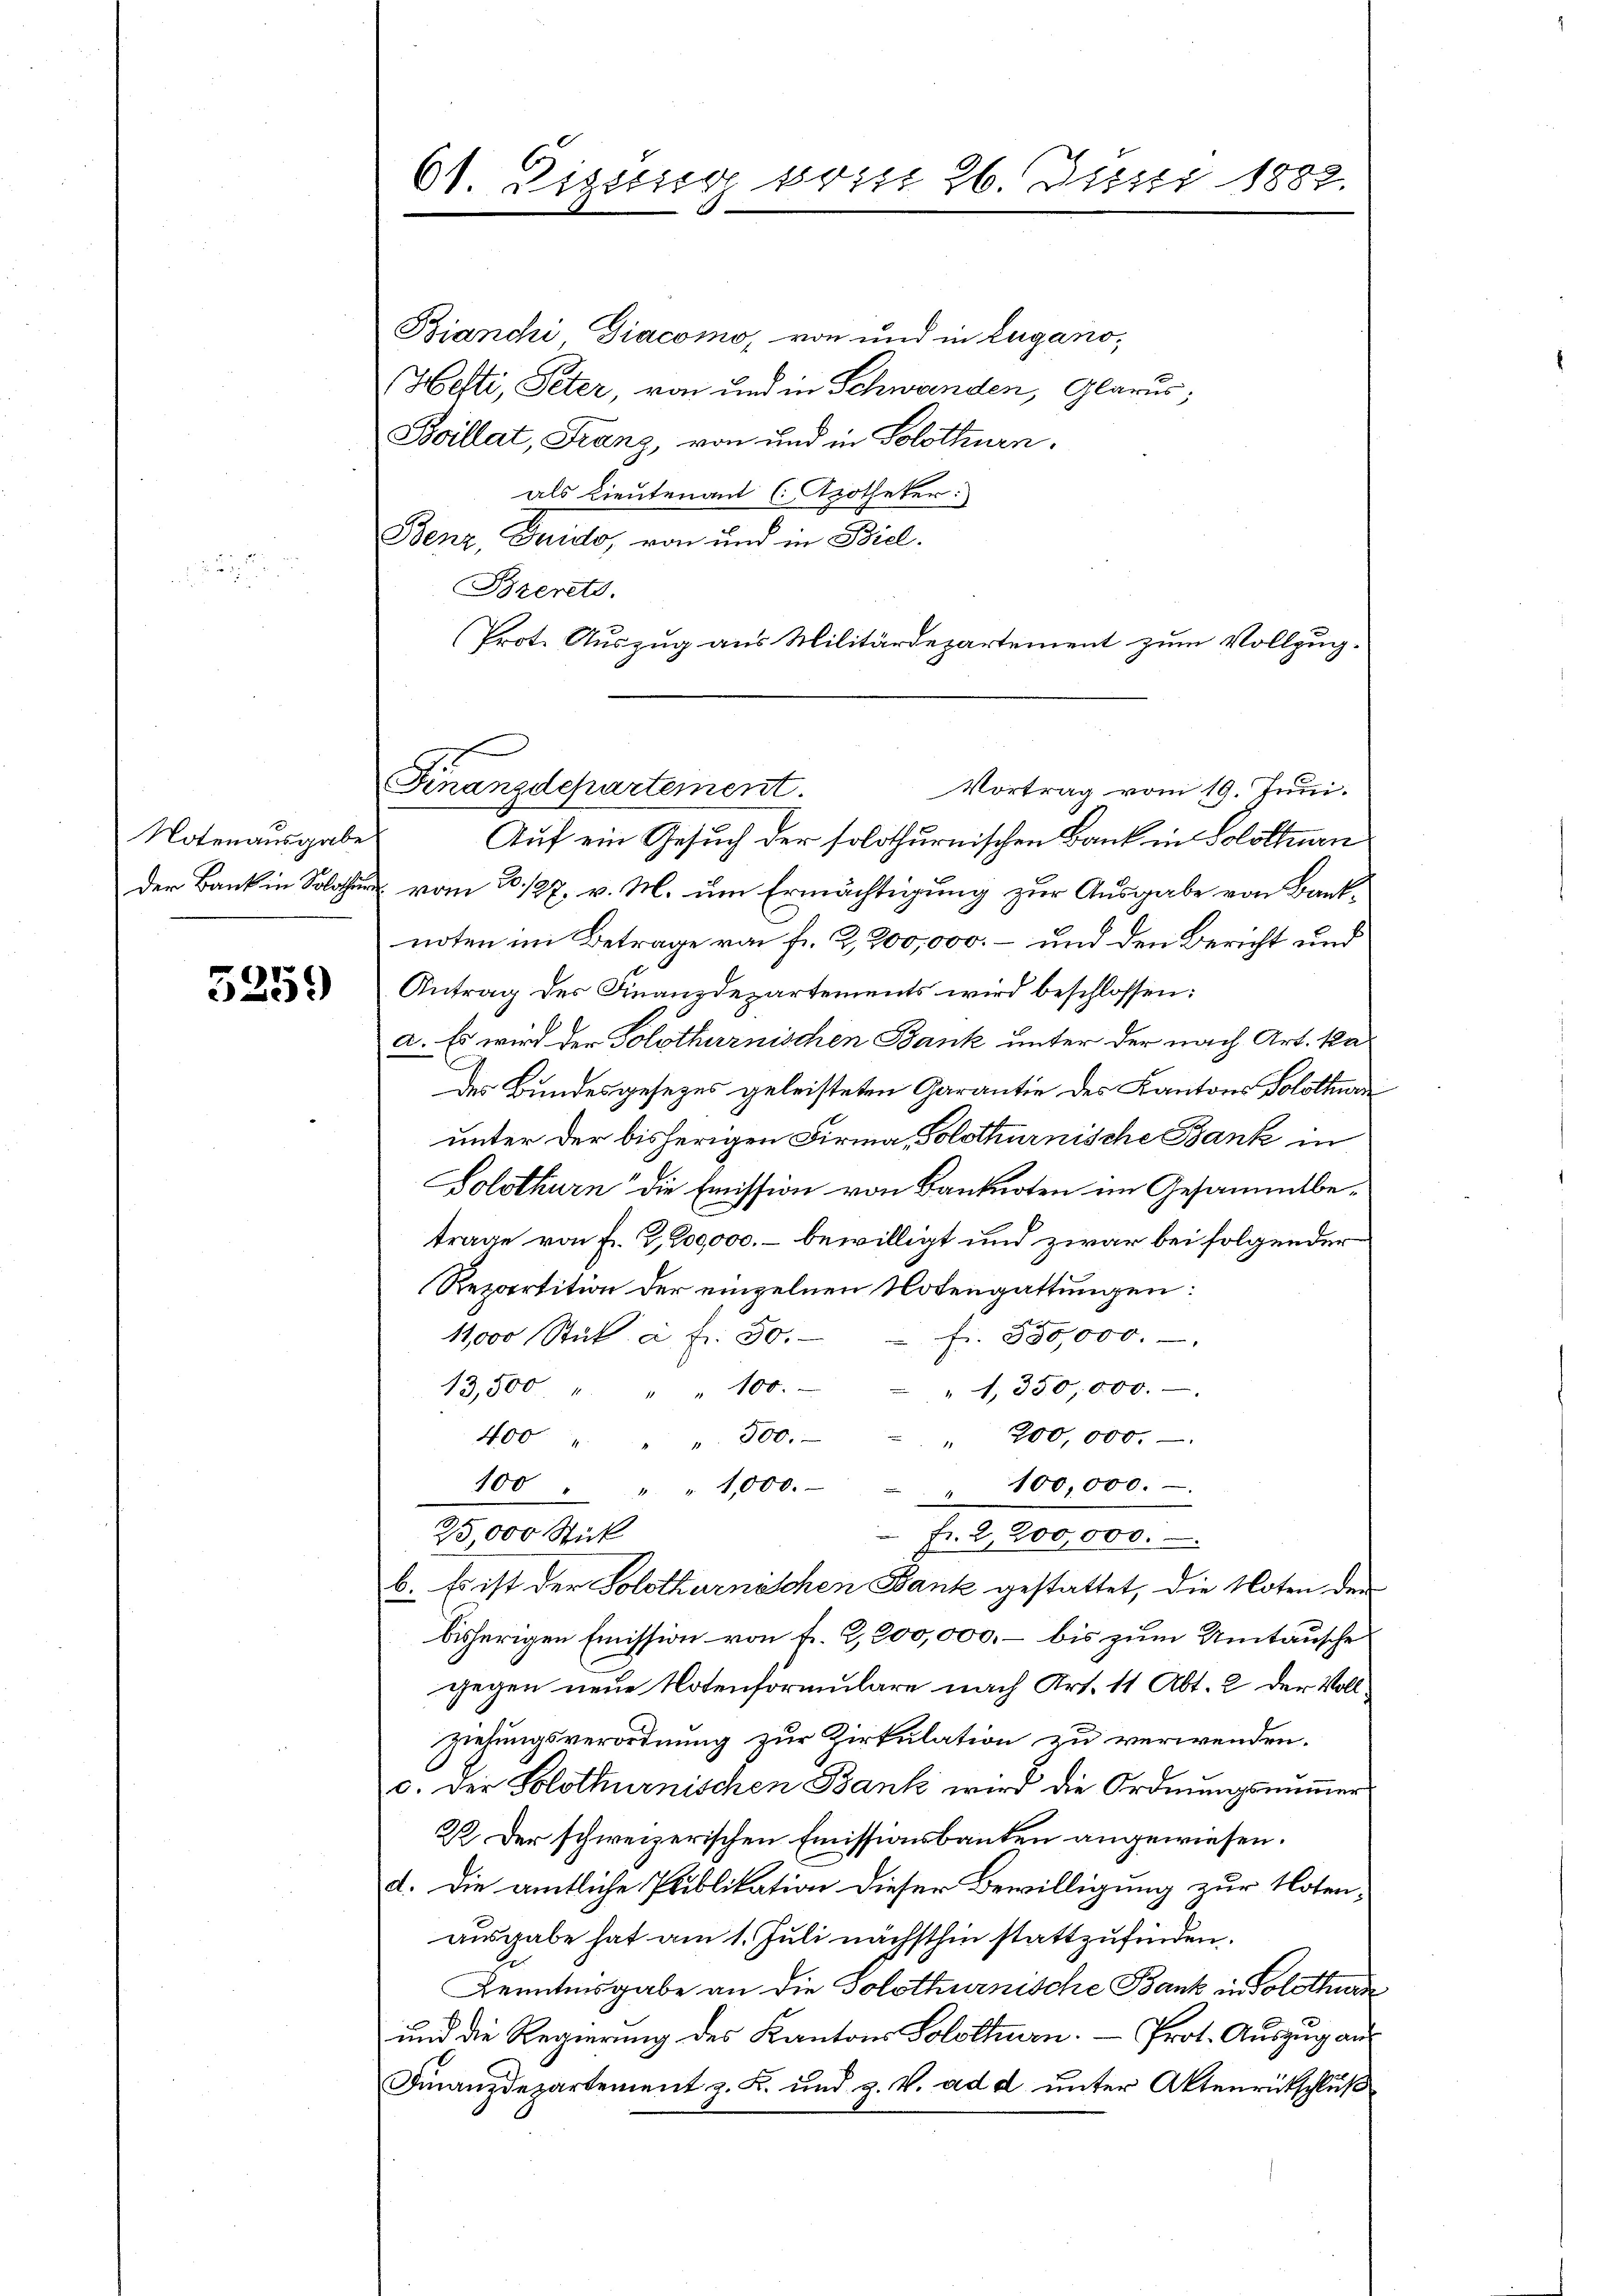
Notenausgabe

5259

61. Digung pris 26. Juni 1882.

Bianchi Diacomo, von und in Lugano,
Hefti, Peter, von und in Schwanden, Glarus;
Boillat, Franz, von und in Solothurn.
als Lieutenant ( Apotheker:
Benz, Gailo, von und in Biel.
Brerets.
Prot. Auszug aus Militärdepartement zum Vollzug¬
Auf ein Gesuch der solothurnischen Bank in Solothurn
der Bank in Soll vom 20./27. v. M. um Ermächtigung zur Ausgabe von Banknoten im Betrage von fr. 2,200,000. – und den Bericht und
Antrag der Finanzdepartements wird beschlossen:
a. Es wird der Solothurnischen Bank unter der nach Art. ka
Der Bundesgesezes geleisteten Garantie des Kantons Solothurde
unter der bisherigen Firma, Solothurnische Bank in
Solothurn die Emission von Banknoten im Gesammtbetrage von Fr. 2,200,000. – bewilligt und zwar bei folgender
Repartition der einzelnen Notengattungen:
fr. 350,000.
11,000 Stück à fr. 30.
1.350,000.
13,500 " " " 100.
" 200,000.
400 " " " 300.
100 " " 1,000. 100,000.
25,000 Stick
Art der 300.
b. Es ist der Solothurnischen Bank gestattet, die Noten der
bisherigen Emission von fr. 2,200,000, – bis zum Umtausche
gegen neue Notenformulare nach Art. 11 Abt. 2 der Vollziehungsverordnung zur Zirkulation zu verwenden.
c. Der Solothurnischen Bank wird die Ordnungsnummer
22. Der schweizerischen Emissionsbanken angewiesen.
d. Die amtliche Publikation dieser Bewilligung zur Noten-
ausgabe hat am 1. Juli nächsthin stattzufinden.
Kenntnisgabe an die Solothurnische Bank in Solothurn
und die Regierung des Kantons Solothurn. — Prot. Auszug au
Finanzdepartement z. B. und z. V. ad d ŭnter Aktenrückschlŭβ

Finanzdepartement.
Vortrag vom 19. Juni.